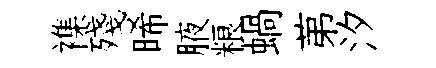
襍殘晞腋粮蝸苐汐